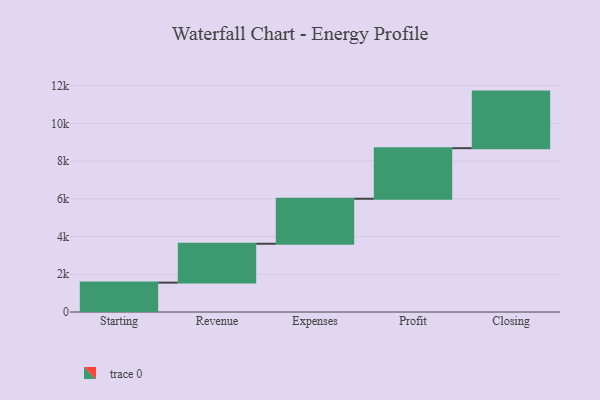
{"axis": {"x": "Step", "y": "Value"}, "legend": [""], "data": [{"x": "Starting", "y": 1558.0, "type": ""}, {"x": "Revenue", "y": 2060.0, "type": ""}, {"x": "Expenses", "y": 2386.0, "type": ""}, {"x": "Profit", "y": 2680.0, "type": ""}, {"x": "Closing", "y": 3000, "type": ""}]}